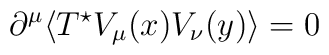
\partial^{\mu}\langle T^{\star}V_{\mu}(x)V_{\nu}(y)\rangle =0